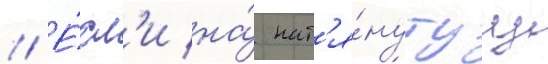
// Е́сл'и на́ нат'я́нутуу